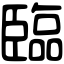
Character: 臨